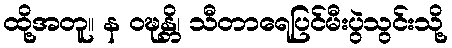
ထို့အတူ။ န ဝဍ္ဎန္တိ၊ သီတာရေပြင်မီးပွဲသွင်းသို့